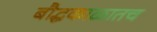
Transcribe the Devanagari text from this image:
बौद्धकाळातच